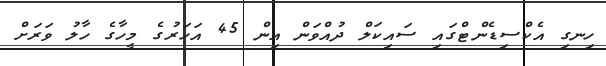
ހިނގި އެކްސިޑެންޓްގައި ސައިކަލް ދުއްވަން އިން 45 އަހަރުގެ މީހާގެ ހާލު ވަރަށް